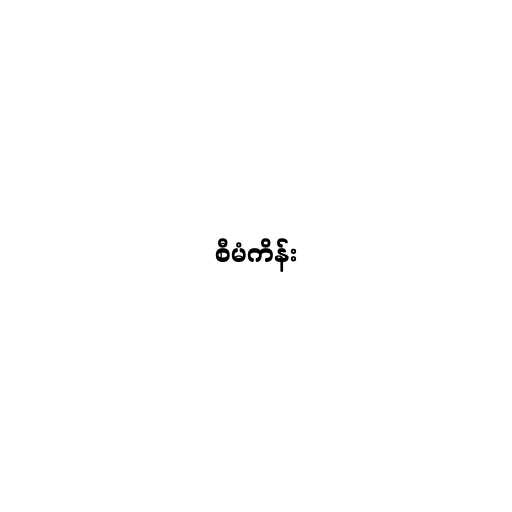
စီမံကိန်း